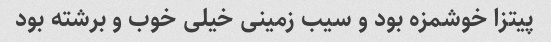
پیتزا خوشمزه بود و سیب زمینی خیلی خوب و برشته بود